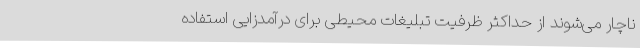
ناچار می‌شوند از حداکثر ظرفیت تبلیغات محیطی برای درآمدزایی استفاده